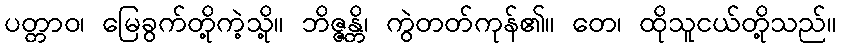
ပတ္တာဝ၊ မြေခွက်တို့ကဲ့သို့။ ဘိဇ္ဇန္တိ၊ ကွဲတတ်ကုန်၏။ တေ၊ ထိုသူငယ်တို့သည်။